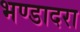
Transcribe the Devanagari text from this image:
भण्डादरा